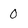
Character: 0